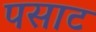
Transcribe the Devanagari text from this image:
पसाट